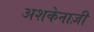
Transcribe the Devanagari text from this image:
अशकेनाज़ी